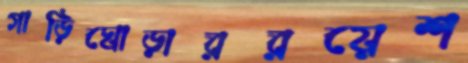
গাড়িঘোড়াররয়েশ